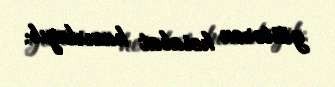
göstərən hesabat hazırlayıb.